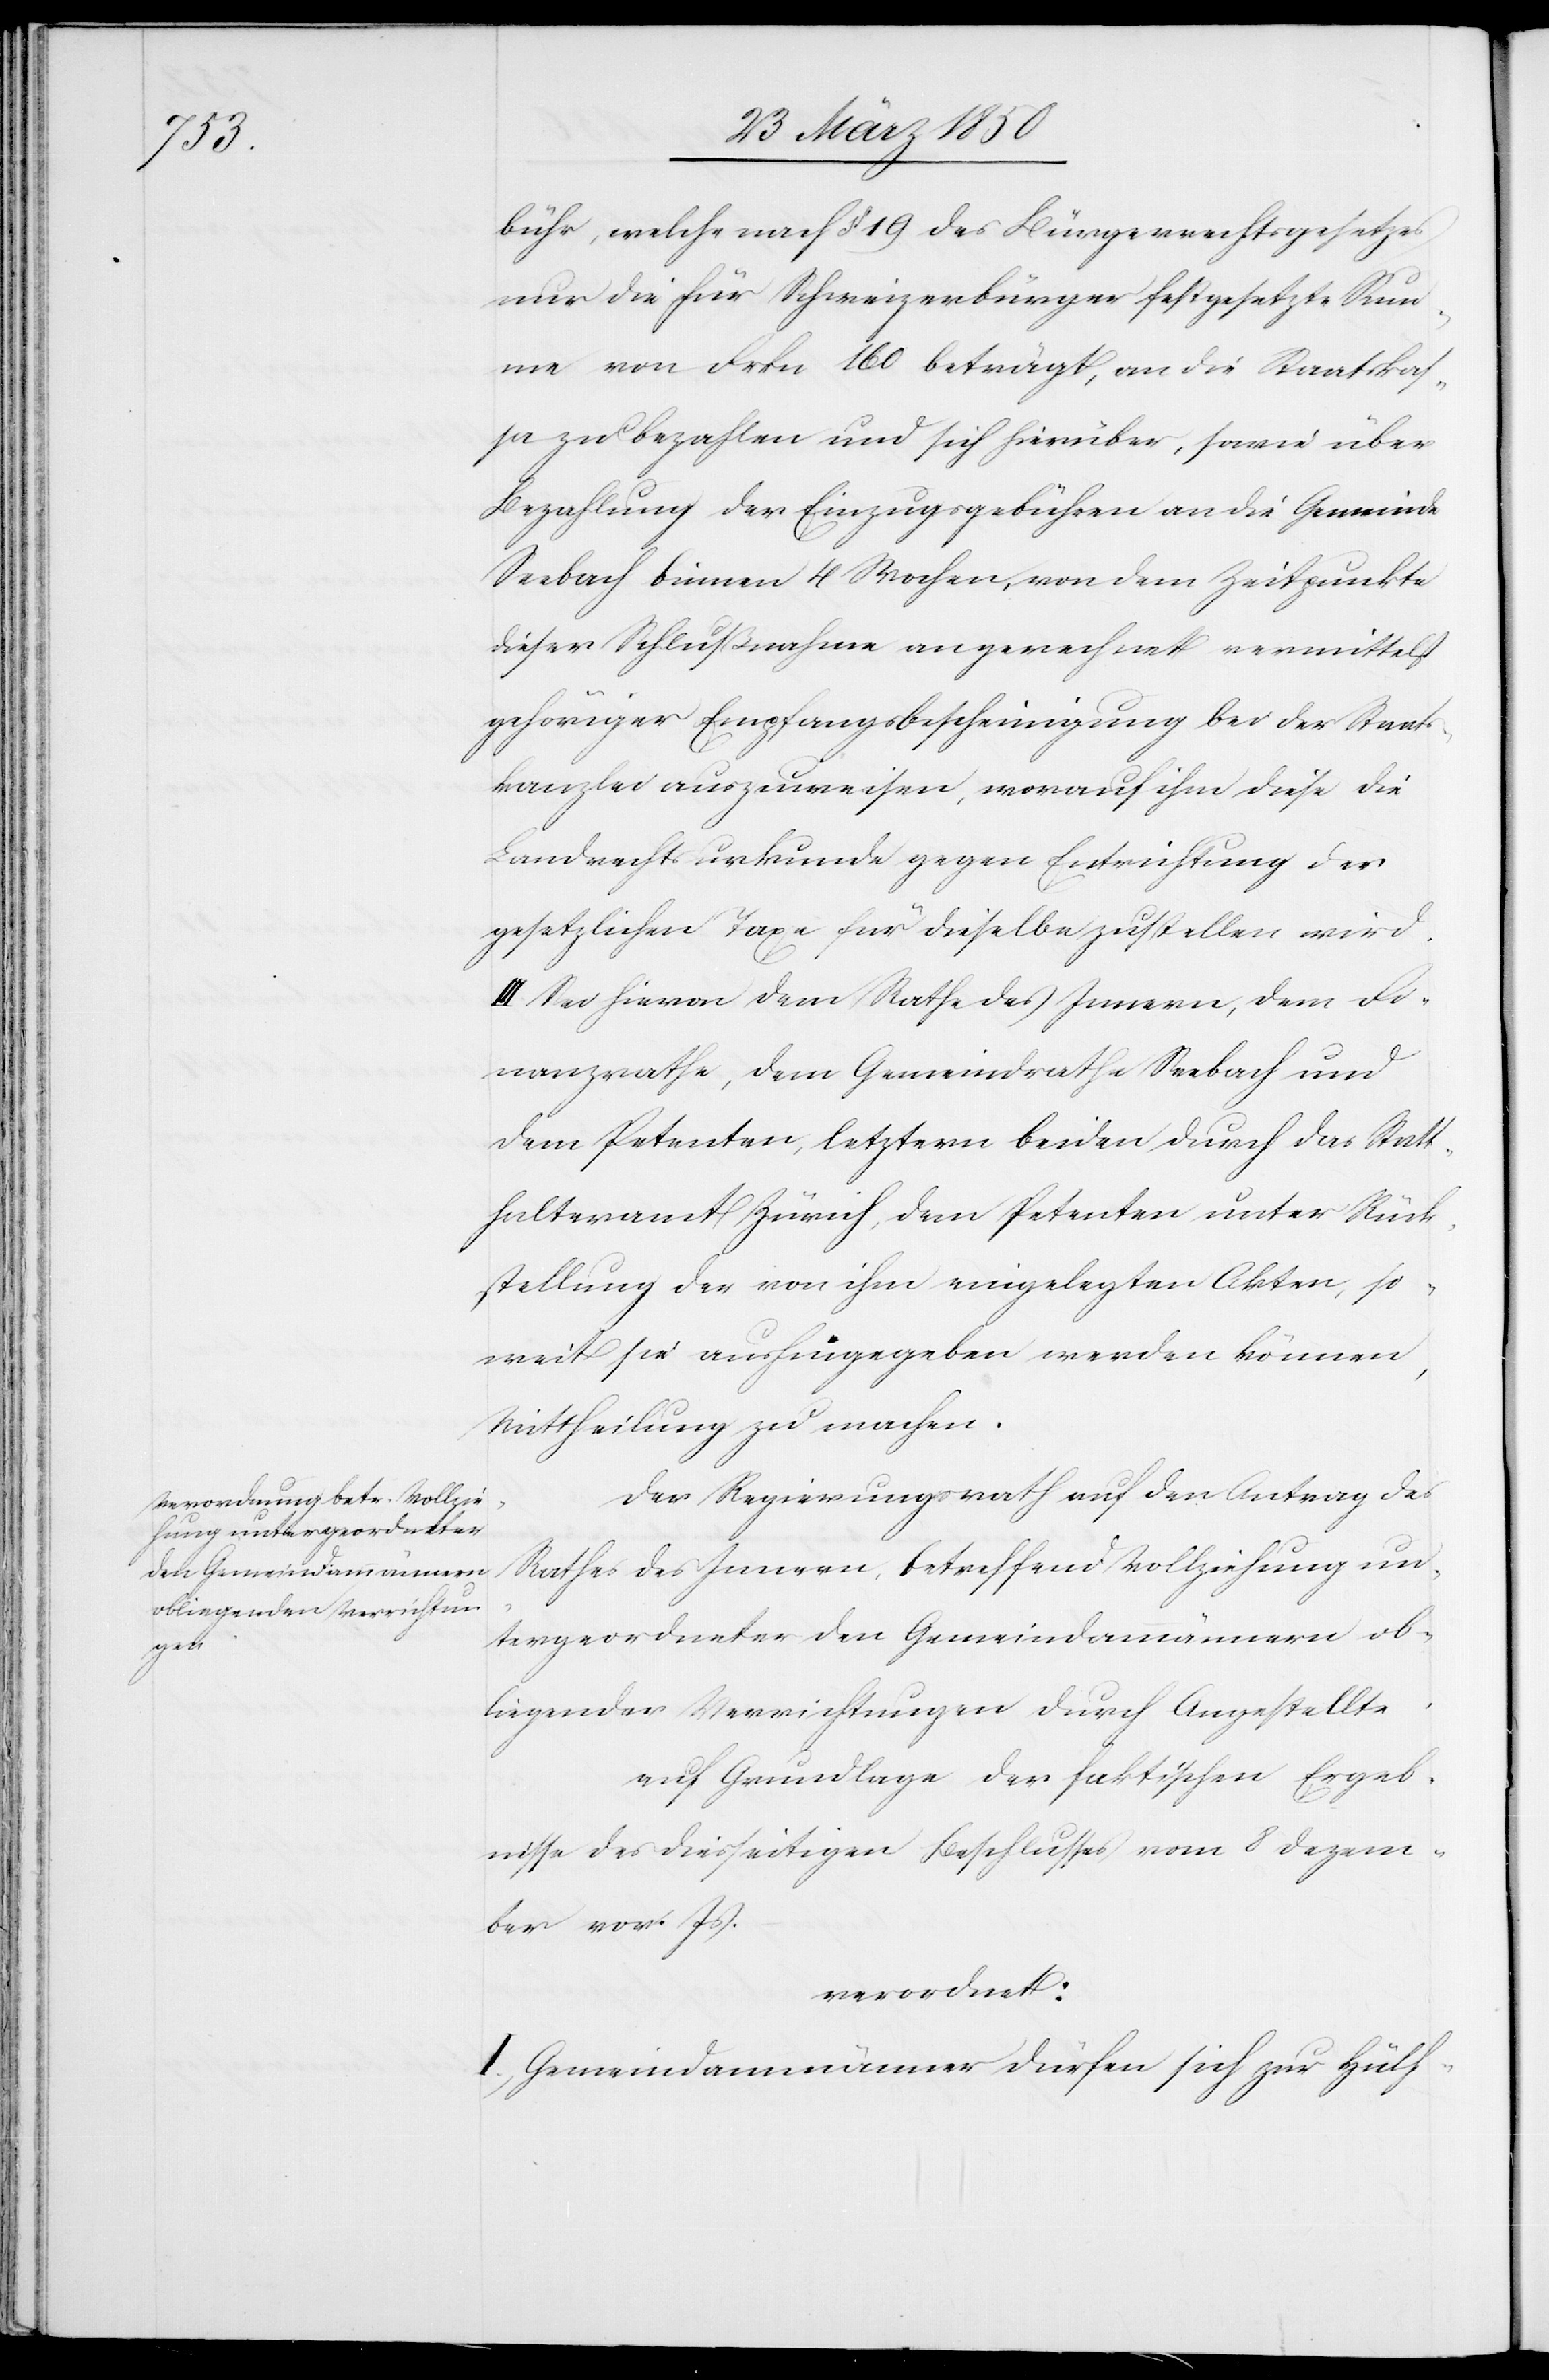
bühr, welche nach § 19 des Bürgerrechtsgesetzes
nur die für Schweizerbürger festgesetzte Sum¬
me von Frkn 160 beträgt, an die Staatskas¬
sa zu bezahlen und sich hierüber, sowie über
Bezahlung der Einzugsgebühren an die Gemeinde
Seebach binnen 4 Wochen, von dem Zeitpunkte
dieser Schlußnahme an gerechnet vermittelst
gehöriger Empfangsbescheinigung bei der Staats¬
kanzlei auszuweisen, worauf ihm diese die
Landrechtsurkunde gegen Entrichtung der
gesetzlichen Taxe für dieselbe zustellen wird.
III Sei hievon dem Rathe des Innern, dem Fi¬
nanzrathe, dem Gemeindrathe Seebach und
dem Petenten, letztern beiden durch das Statt¬
halteramt Zürich, dem Petenten unter Rück¬
stellung der von ihm eingelegten Akten, so¬
weit sie aushingegeben werden können,
Mittheilung zu machen.
Der Regierungsrath auf den Antrag des
Rathes des Innern, betreffend Vollziehung un¬
tergeordneter den Gemeindammännern ob¬
liegender Verrichtungen durch Angestellte.
auf Grundlage der faktischen Ergeb¬
nisse des diesseitigen Beschlusses vom 8 Dezem¬
ber vor. Js.
verordnet:
I. Gemeindammänner dürfen sich zu Hülf-